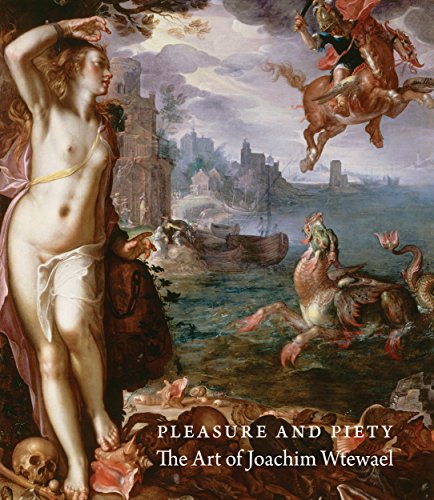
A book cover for Pleasure and Piety: The Art of Joachim Wtewael; James Clifton; History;